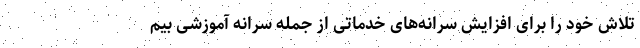
تلاش خود را برای افزایش سرانه‌های خدماتی از جمله سرانه آموزشی بیم